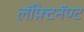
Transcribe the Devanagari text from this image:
लॅफ़्टिनॅण्ट